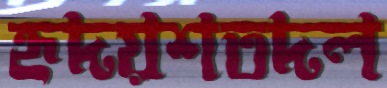
হৃদয়শতদল